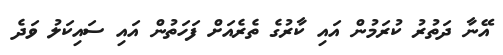
އޭނާ ދަތުރު ކުރަމުން އައި ކާރުގެ ތެރެއަށް ފަހަތުން އައި ސައިކަލު ވަދެ